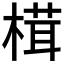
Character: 榵